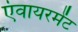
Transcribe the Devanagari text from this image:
एंवायरमेंट